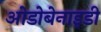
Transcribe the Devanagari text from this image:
ओडोबेनाइडी